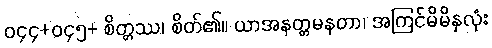
ဝ၄၄+ဝ၄၅+ စိတ္တဿ၊ စိတ်၏။ ယာအနတ္တမနတာ၊ အကြင်မိမိနှလုံး